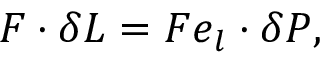
\boldsymbol { F } \cdot \delta \boldsymbol { L } = F \boldsymbol { e } _ { l } \cdot \delta \boldsymbol { P } ,